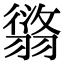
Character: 𦑸